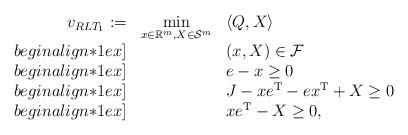
LaTeX: \begin{align*}\begin{array}{rrl}v_{RLT_1}:=& \underset{x \in \mathbb{R}^{m}, X \in \mathcal{S}^{m} }{\min} & \langle Q,X \rangle \\begin{align*}1ex]&& (x,X) \in \mathcal{F} \\begin{align*}1ex]&& e - x \geq 0 \\begin{align*}1ex]&& J - xe^{\mathrm T} - ex^{\mathrm T} + X \geq 0 \\begin{align*}1ex]&& xe^{\mathrm T} - X \geq 0,\end{array}\end{align*}